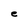
Character: e